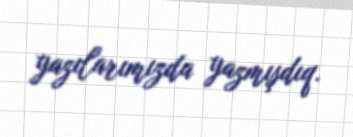
yazılarımızda yazmışdıq.